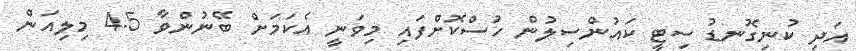
އަދި ކުނިގޮނޑު ސިޓީ ކައުންސިލުން ހުސްކޮށްފައި މިވަނީ އެކަމަށް ބޭނުންވާ 4.5 މިލިއަން